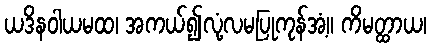
ယဒိနဝါယမထ၊ အကယ်၍လုံ့လမပြုကုန်အံ့။ ကိမတ္ထာယ၊